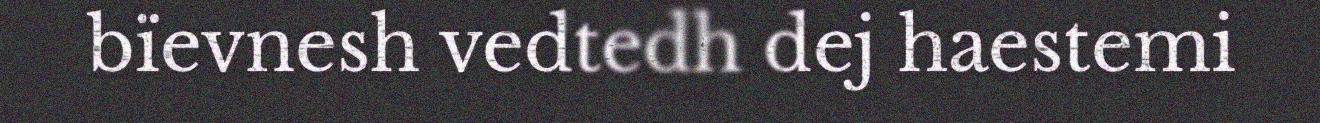
bïevnesh vedtedh dej haestemi